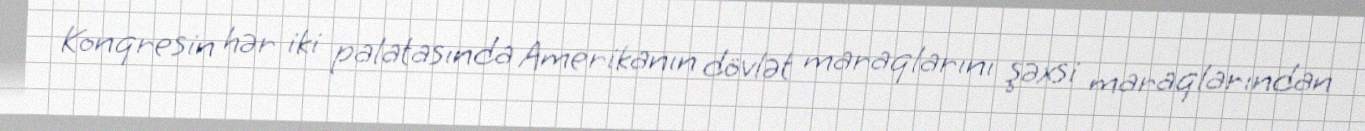
Konqresin hər iki palatasında Amerikanın dövlət maraqlarını şəxsi maraqlarından